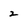
Character: 2